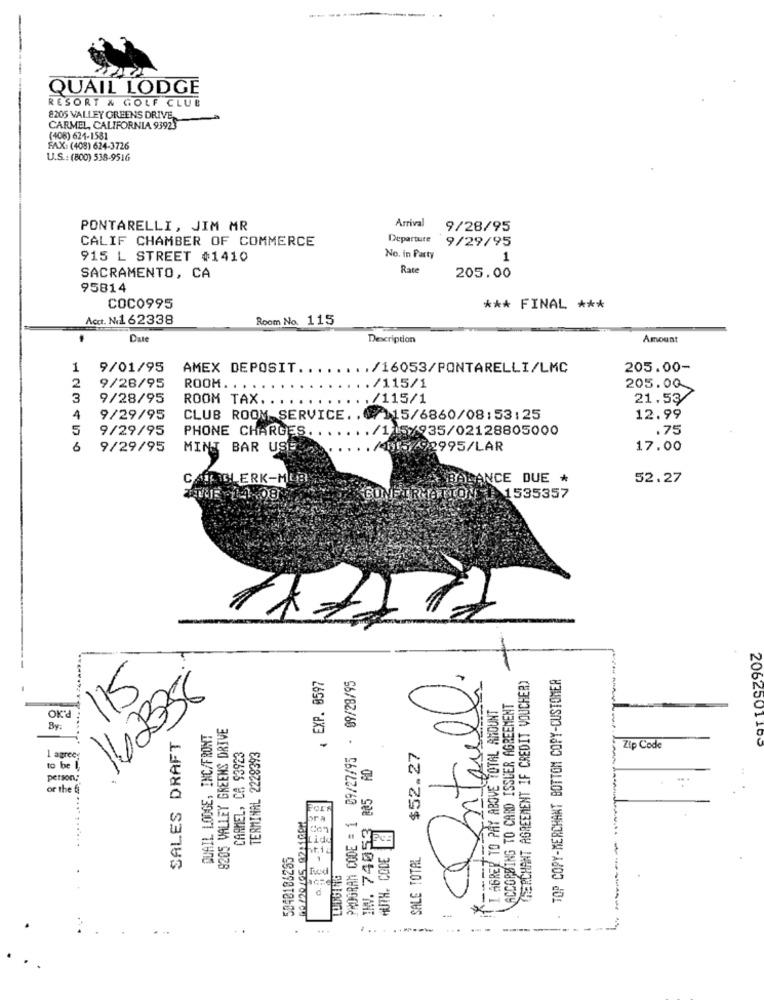
QUAIL LODGE
RESORT & GOLF CLUB
8205 VALLEY GREENS DRIVE
CARMEL, CALIFORNIA 93923
(406) 621-1581
FAX: (408) 624-3726
U.S .: (800) 538-9516
PONTARELLI, JIM MR
Arrival
9/28/95
CALIF CHAMBER OF COMMERCE
Departure 9/29/95
915 L STREET #1410
No. in Party
1
Rate
SACRAMENTO, CA
205.00
95814
COCO995
*** FINAL ***
Acct. No1 62338
Room No. 115
Date
Description
Amount
1
9/01/95
AMEX DEPOSIT.
./16053/PONTARELLI/LMC
205.00-
./115/1
2
9/28/95
ROOM. .
205.00
3
9/28/95
ROOM TAX.
/115/1
21.53
4
9/29/95
CLUB ROOM SERVICE .. (7)15/6860/08:53:25
12.99
5
9/29/95
./115/935/02128805000
.75
PHONE CHARGES .....
6
9/29/95
MINI BAR USE
./015/92995/LAR
17.00
CATCH ERK-MLB
BALANCE DUE *
52.27
47UR -04-08
CONFIRMATION 0 1535357
-
. EXP. 0597
PROGRAM CODE = 1 09/27/95 - 09/28/95
Ontanul.
TOP COPY-MERCHANT BOTTOM COPY-CUSTOMER
CHERCHANT AGREEMENT IF CREDIT VOUCHER)
115
16238
I AGREE TO PAY ABOVE TOTAL AMOUNT
ACCORDING TO CARD ISSUER AGREEMENT
OK'd
8205 VALLEY GREENS DRIVE
By:
SALES DRAFT
QUAIL LODGE, INC/FRONT
CARMEL, CA 93923
TERMINAL 2228393
$52.27
Zip Code
1 agree:
285 AD
to be
person;
or the fi
FOE
06/20105 0211608
INV. 74053
HUTH. CODE
Lid
5040186265
bri.
SALE TOTAL
---
d